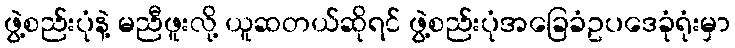
ဖွဲ့စည်းပုံနဲ့ မညီဖူးလို့ ယူဆတယ်ဆိုရင် ဖွဲ့စည်းပုံအခြေခံဥပဒေခုံရုံးမှာ